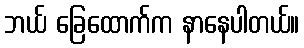
ဘယ် ခြေထောက်က နာနေပါတယ်။